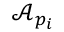
\mathcal { A } _ { p _ { i } }